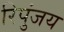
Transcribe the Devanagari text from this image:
रिपुंजय